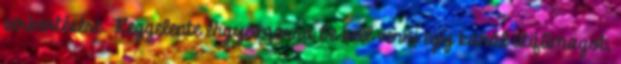
serkentésére. Reggelente éhgyomorra be kell venni egy kanál útifűmagot,